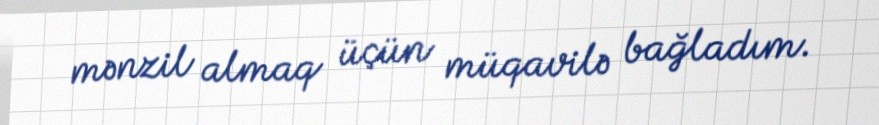
mənzil almaq üçün müqavilə bağladım.